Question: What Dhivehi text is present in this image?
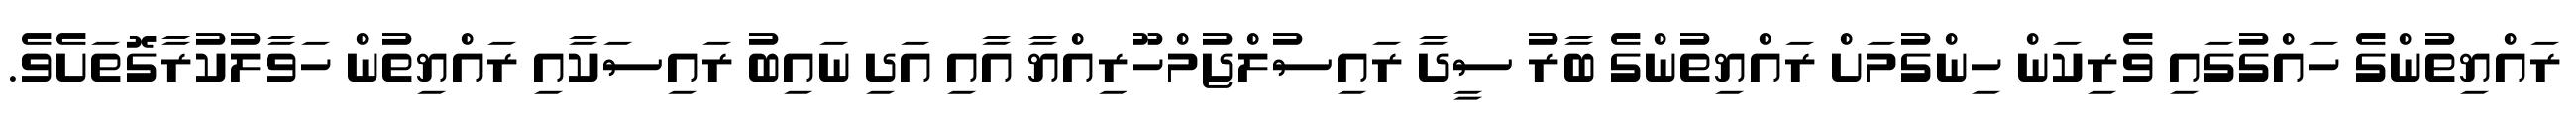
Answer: ރައްޔިތުންގެ ހައްގުގައި ވެރިކަން ހިންގުމަށް ރައްޔިތުންގެ ބާރު ސީދާ ރައިސުލްޖުމްހޫރިއްޔާ އާއި އަދި ނައިބު ރައިސަކާއި ރައްޔިތުން ހަވާލުކުރާގޮތަށެވެ.